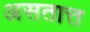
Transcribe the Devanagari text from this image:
असतात्त